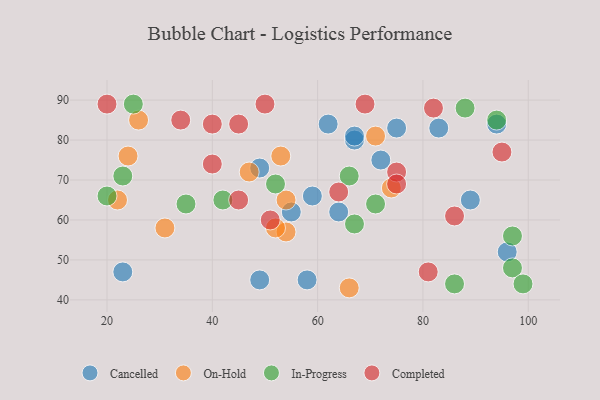
{"axis": {"x": "GDP", "y": "Life Expectancy"}, "legend": ["Cancelled", "Completed", "In-Progress", "On-Hold"], "data": [{"x": "94", "y": 84, "type": "Cancelled"}, {"x": "49", "y": 73, "type": "Cancelled"}, {"x": "75", "y": 83, "type": "Cancelled"}, {"x": "83", "y": 83, "type": "Cancelled"}, {"x": "64", "y": 62, "type": "Cancelled"}, {"x": "62", "y": 84, "type": "Cancelled"}, {"x": "49", "y": 45, "type": "Cancelled"}, {"x": "58", "y": 45, "type": "Cancelled"}, {"x": "23", "y": 47, "type": "Cancelled"}, {"x": "72", "y": 75, "type": "Cancelled"}, {"x": "67", "y": 80, "type": "Cancelled"}, {"x": "59", "y": 66, "type": "Cancelled"}, {"x": "96", "y": 52, "type": "Cancelled"}, {"x": "55", "y": 62, "type": "Cancelled"}, {"x": "89", "y": 65, "type": "Cancelled"}, {"x": "67", "y": 81, "type": "Cancelled"}, {"x": "26", "y": 85, "type": "On-Hold"}, {"x": "22", "y": 65, "type": "On-Hold"}, {"x": "71", "y": 81, "type": "On-Hold"}, {"x": "74", "y": 68, "type": "On-Hold"}, {"x": "53", "y": 76, "type": "On-Hold"}, {"x": "66", "y": 43, "type": "On-Hold"}, {"x": "54", "y": 57, "type": "On-Hold"}, {"x": "54", "y": 65, "type": "On-Hold"}, {"x": "52", "y": 58, "type": "On-Hold"}, {"x": "47", "y": 72, "type": "On-Hold"}, {"x": "31", "y": 58, "type": "On-Hold"}, {"x": "24", "y": 76, "type": "On-Hold"}, {"x": "35", "y": 64, "type": "In-Progress"}, {"x": "52", "y": 69, "type": "In-Progress"}, {"x": "94", "y": 85, "type": "In-Progress"}, {"x": "71", "y": 64, "type": "In-Progress"}, {"x": "23", "y": 71, "type": "In-Progress"}, {"x": "86", "y": 44, "type": "In-Progress"}, {"x": "42", "y": 65, "type": "In-Progress"}, {"x": "66", "y": 71, "type": "In-Progress"}, {"x": "97", "y": 48, "type": "In-Progress"}, {"x": "99", "y": 44, "type": "In-Progress"}, {"x": "97", "y": 56, "type": "In-Progress"}, {"x": "88", "y": 88, "type": "In-Progress"}, {"x": "20", "y": 66, "type": "In-Progress"}, {"x": "67", "y": 59, "type": "In-Progress"}, {"x": "25", "y": 89, "type": "In-Progress"}, {"x": "75", "y": 72, "type": "Completed"}, {"x": "50", "y": 89, "type": "Completed"}, {"x": "45", "y": 65, "type": "Completed"}, {"x": "82", "y": 88, "type": "Completed"}, {"x": "34", "y": 85, "type": "Completed"}, {"x": "81", "y": 47, "type": "Completed"}, {"x": "69", "y": 89, "type": "Completed"}, {"x": "51", "y": 60, "type": "Completed"}, {"x": "20", "y": 89, "type": "Completed"}, {"x": "45", "y": 84, "type": "Completed"}, {"x": "40", "y": 84, "type": "Completed"}, {"x": "40", "y": 74, "type": "Completed"}, {"x": "95", "y": 77, "type": "Completed"}, {"x": "64", "y": 67, "type": "Completed"}, {"x": "75", "y": 69, "type": "Completed"}, {"x": "86", "y": 61, "type": "Completed"}]}